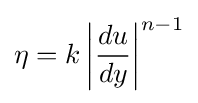
\eta =k\left|{\frac {du}{dy}}\right|^{n-1}